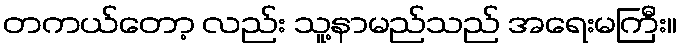
တကယ်တော့ လည်း သူ့နာမည်သည် အရေးမကြီး။